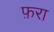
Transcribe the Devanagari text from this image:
फ़रा